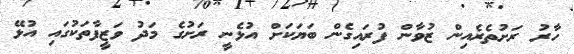
ހާރު ރަށުތެރެއިން ޒުވާން ފުރައިގެން ބަޔަކަށް އުޅެނީ ރަށުގެ މަދު ވަޒީފާތަކުގައި އުޅޭ